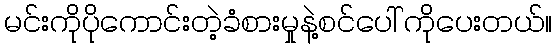
မင်းကိုပိုကောင်းတဲ့ခံစားမှုနဲ့စင်ပေါ် ကိုပေးတယ်။